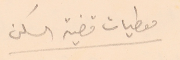
معطيات قضية السكن